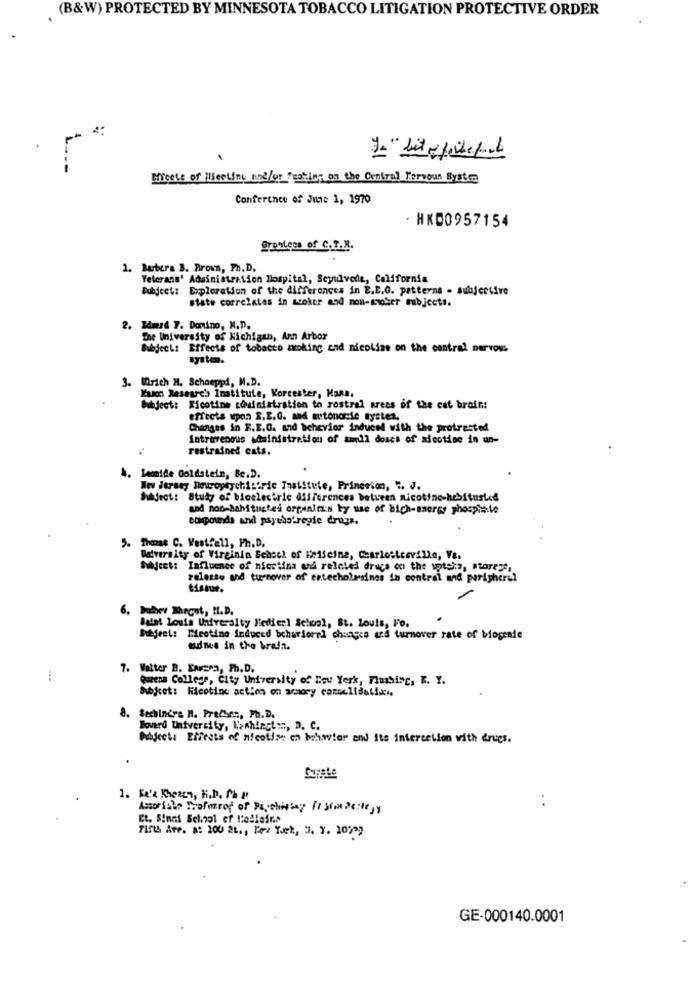
(B&W) PROTECTED BY MINNESOTA TOBACCO LITIGATION PROTECTIVE ORDER
Je " Lütfibeput
--
Effects of Nieelinu and/or Peaking on the Central Nervous System
Conference of June 1, 1970
· HKD0957154
grovtces of c .?. X.
1. Barbera B. Brown, Ph.D.
Yelerans' Adainistration Hospital, Seyulvede, California
Subject: Exploration of the differences in E.E.G. patterns - subjective
state correlates in scoker and non-snoker subjects.
2. Båwerd 7. Domino, N.D.
The University of Michigan, Ann Arbor
Subject: Effects of tobacco moking end nicoline on the central nervous
system.
3. Mrich H, Schaeppd, M.D.
Xaxon Research Institute, Worcester, Kann.
Subject: Xicotine cousinistration to rostral arees of the cat brain:
effects upon I.E.G. and autonomie tysten.
Changes in F.E.G. and bchevior induced with the protracted
Intravenous administration of aumil doses of aicotise in un-
restrained cats.
4. Lacaide Goldstein, Be.D.
New Jersey neuropsychichric Thatstute, Princeton, ". J.
hhjeet: Study of bioelectric differences between nicotine-hebitusted
and non-bahitusted organit's by use of hich-sseres phospiele
compounds and paythatregie drugs.
5. Thomas C. Vestfall, Ph.D.
Idiversity of Virginia School of Heiscine, Carlostceville, Va.
Subject: Influence of niestina ud related drugs on the upteis, storeze,
relesse and turnover of entecholusines in contral and peripheral
tissue.
6, buthey Throat, H.D.
Balat Louis University Medien1 School, St. Louis, Fo.
Butdeet: Meeting induced bcharioral changes ars turnover rate of biogenie
aimee in the brefa.
7. Walter B. Lavera, Ph.D.
Quena College, City University of New York, Flushing, K. Y.
Subject: Nicotine action on armory camelisalix ..
Bechinirs n. Prechen, Ph. D.
Howard University, L>shingt ::, D. C.
Objects Effects of nicotine en behavior and its intercelion with drugs.
1. He's therea, H.P. Php
Amor isho Troforof of Pacchithey Ft Siin De:leyy
Et. Sinai School of Podlein ..
Fifth Are. a: 100 2t ., Ker Tek, 3. Y. 10329
GE-000140.0001